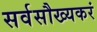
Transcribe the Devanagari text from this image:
सर्वसौख्यकरं